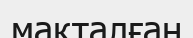
мақталған